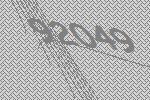
92049